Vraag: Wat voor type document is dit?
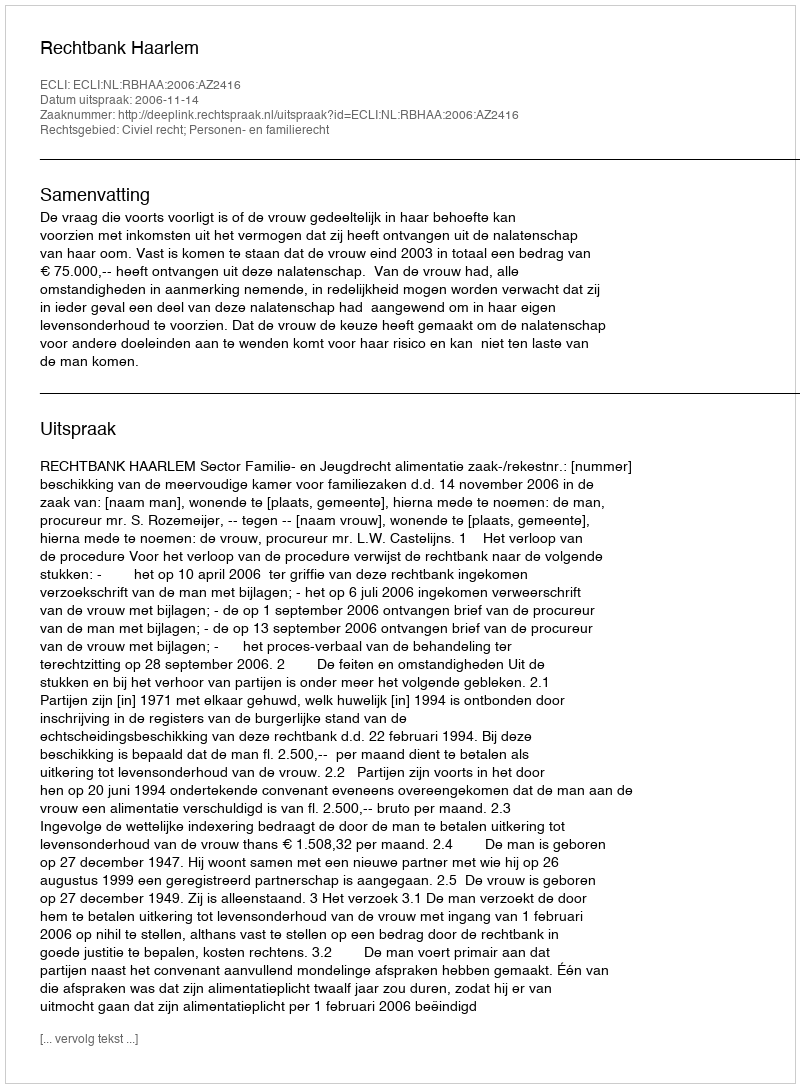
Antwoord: Uitspraak